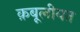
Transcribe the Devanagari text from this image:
क़बूलीयत